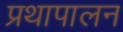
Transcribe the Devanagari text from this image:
प्रथापालन